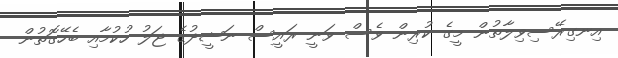
އިނގިރޭސިވިލާތުން މީގެ ކުރިން ވެސް ވަނީ ރައީސް ނަޝީދުގެ ޖަލު ހުކުމާއި ބެހޭގޮތުން